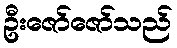
ဦးဇော်ဇော်သည်